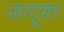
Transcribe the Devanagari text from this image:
जादूका